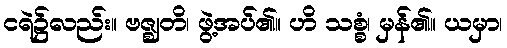
ငရဲ၌လည်း။ ဗဇ္ဈတိ၊ ဖွဲ့အပ်၏။ ဟိ သစ္စံ၊ မှန်၏။ ယမှာ၊